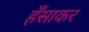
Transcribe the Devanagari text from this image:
हँसाकर